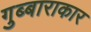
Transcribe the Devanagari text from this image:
गुब्बाराकार